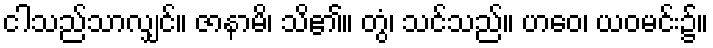
ငါသည်သာလျှင်။ ဇာနာမိ၊ သိ၏။ တွံ၊ သင်သည်။ ဟဝေ၊ ယဝမင်း၌။